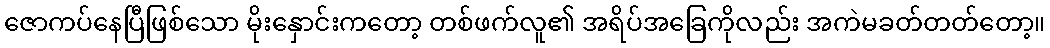
ဇောကပ်နေပြီဖြစ်သော မိုးနှောင်းကတော့ တစ်ဖက်လူ၏ အရိပ်အခြေကိုလည်း အကဲမခတ်တတ်တော့။